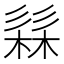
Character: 𭛗